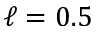
\ell = 0 . 5